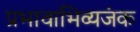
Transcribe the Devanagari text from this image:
प्रभावाभिव्यजंक